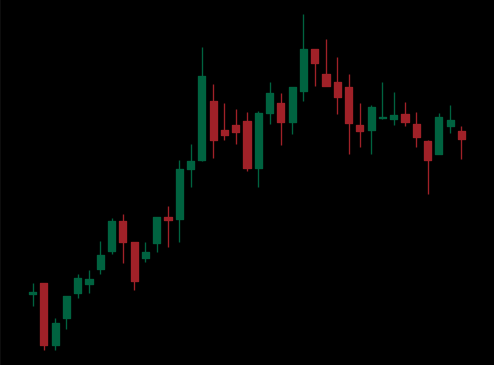
Pattern: bear_flag